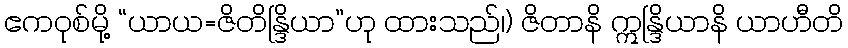
ဧကဝုစ်မို့ “ယာယ=ဇိတိန္ဒြိယာ”ဟု ထားသည်၊) ဇိတာနိ ဣန္ဒြိယာနိ ယာဟီတိ